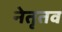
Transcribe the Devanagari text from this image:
नेतृतव